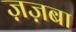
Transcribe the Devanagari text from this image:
ज़ज़बा